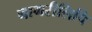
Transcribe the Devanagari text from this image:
नागरीलिपि